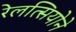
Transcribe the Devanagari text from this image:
रेलत्सियोने